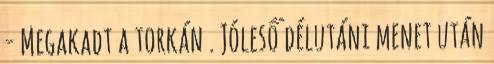
- Megakadt a torkán . Jóleső délutáni menet után